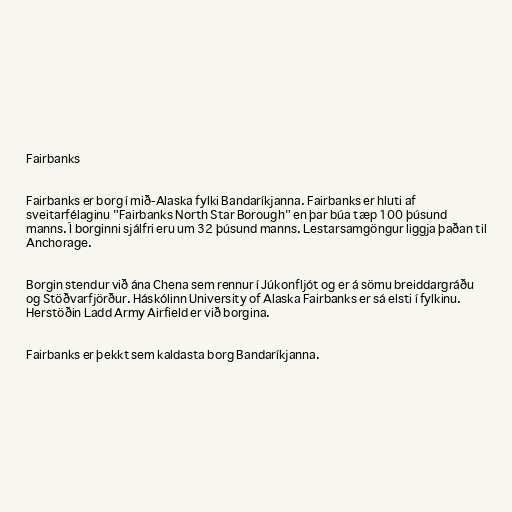
Fairbanks

Fairbanks er borg í mið-Alaska fylki Bandaríkjanna. Fairbanks er hluti af
sveitarfélaginu "Fairbanks North Star Borough" en þar búa tæp 100 þúsund
manns. Í borginni sjálfri eru um 32 þúsund manns. Lestarsamgöngur liggja þaðan til
Anchorage.

Borgin stendur við ána Chena sem rennur í Júkonfljót og er á sömu breiddargráðu
og Stöðvarfjörður. Háskólinn University of Alaska Fairbanks er sá elsti í fylkinu.
Herstöðin Ladd Army Airfield er við borgina.

Fairbanks er þekkt sem kaldasta borg Bandaríkjanna.